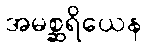
အမစ္ဆရိယေန